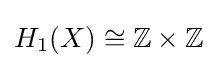
H_{1}(X)\cong \mathbb {Z} \times \mathbb {Z}